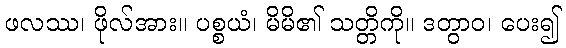
ဖလဿ၊ ဖိုလ်အား။ ပစ္စယံ၊ မိမိ၏ သတ္တိကို။ ဒတွာဝ၊ ပေး၍